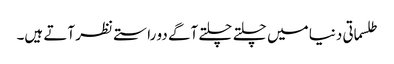
طلسماتی دنیا میں چلتے چلتے آگے دو راستے نظر آتے ہیں۔